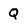
Character: Q